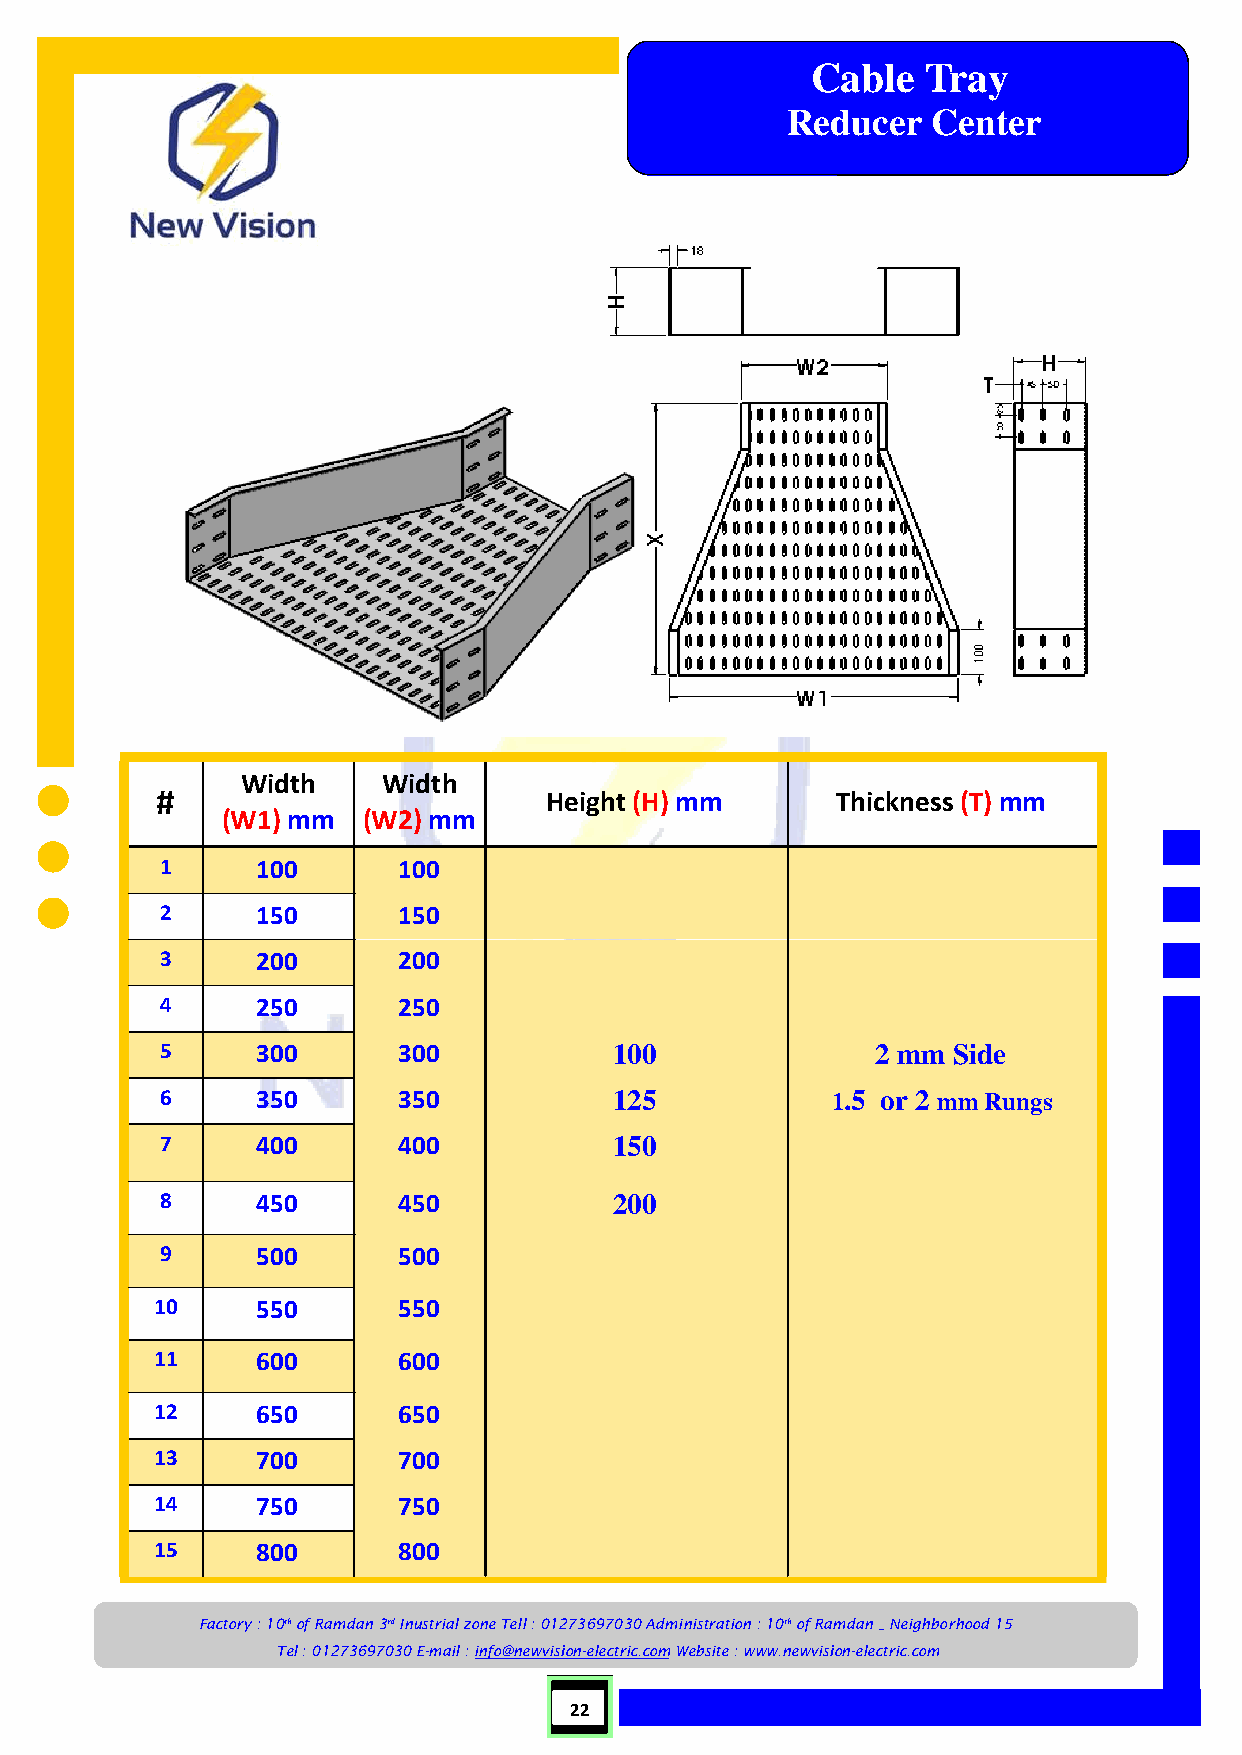
Cable  Tray
 Reducer   Center
 Width    Width
 #                         Height (H) mm      Thickness (T) mm
 (W1) mm  (W2) mm
 1     100      100
 2     150      150
 3     200      200
 4     250      250
 5     300      300            100              2 mm Side
 6     350      350            125           1.5 or 2 mm Rungs
 7     400      400            150
 8     450      450            200
 9     500      500
 10     550      550
 11     600      600
 12     650      650
 13     700      700
 14     750      750
 15     800      800
 Factory : 10th of Ramdan 3rd Inustrial zone Tell : 01273697030 Administration : 10th of Ramdan _ Neighborhood 15
 Tel : 01273697030 E-mail : info@newvision-electric.com Website : www.newvision-electric.com
 22